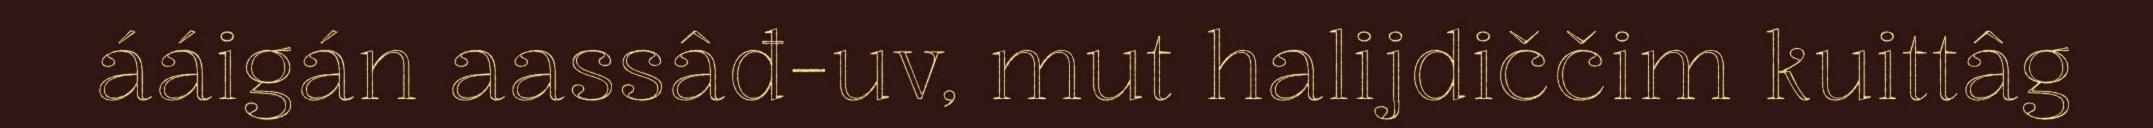
ááigán aassâđ-uv, mut halijdiččim kuittâg